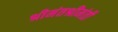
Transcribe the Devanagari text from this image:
श्रीमंतश्रीमंती